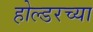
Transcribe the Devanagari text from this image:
होल्डरच्या